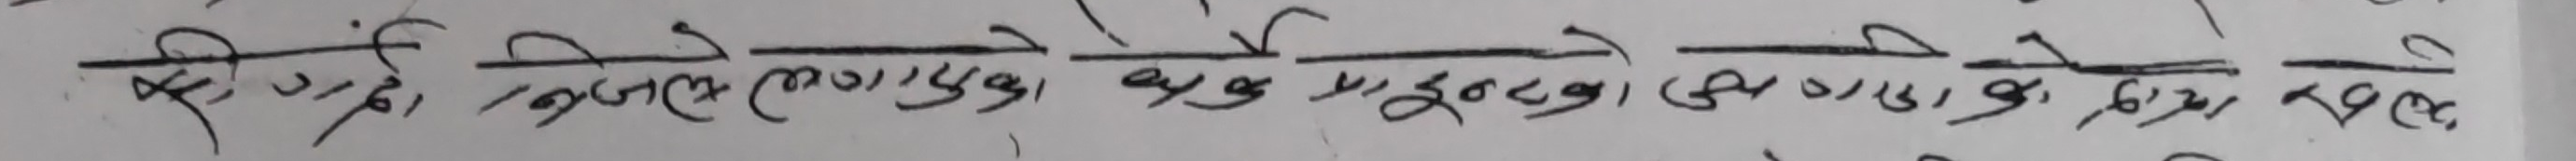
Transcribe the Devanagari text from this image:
जिल्ला लमजुङ्ग बाट सुन्दर बजार के हिँडेर र